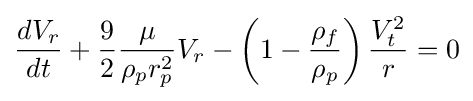
{\frac {dV_{r}}{dt}}+{\frac {9}{2}}{\frac {\mu }{\rho _{p}r_{p}^{2}}}V_{r}-\left(1-{\frac {\rho _{f}}{\rho _{p}}}\right){\frac {V_{t}^{2}}{r}}=0